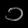
Digit: ၁